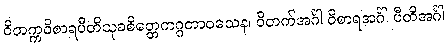
ဝိတက္ကဝိစာရပီတိသုခစိတ္တေကဂ္ဂတာဝသေန၊ ဝိတက်အင်္ဂါ ဝိစာရအင်္ဂါ ပီတိအင်္ဂါ